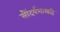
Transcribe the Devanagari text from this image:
सौंदर्यशास्त्रहि